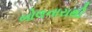
બોલનારાથી